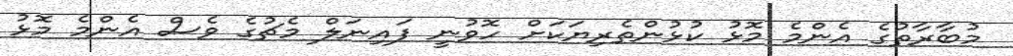
މުބާރާތުގެ އެންމެ މޮޅު ކުޅުންތެރިޔަކަށް ހޮވުނީ ފައިނަލް މެޗުގެ ވެސް އެންމެ މޮޅު